Indian journal of veterinary science and animal husbandry - Volume 5,
Year: 1935
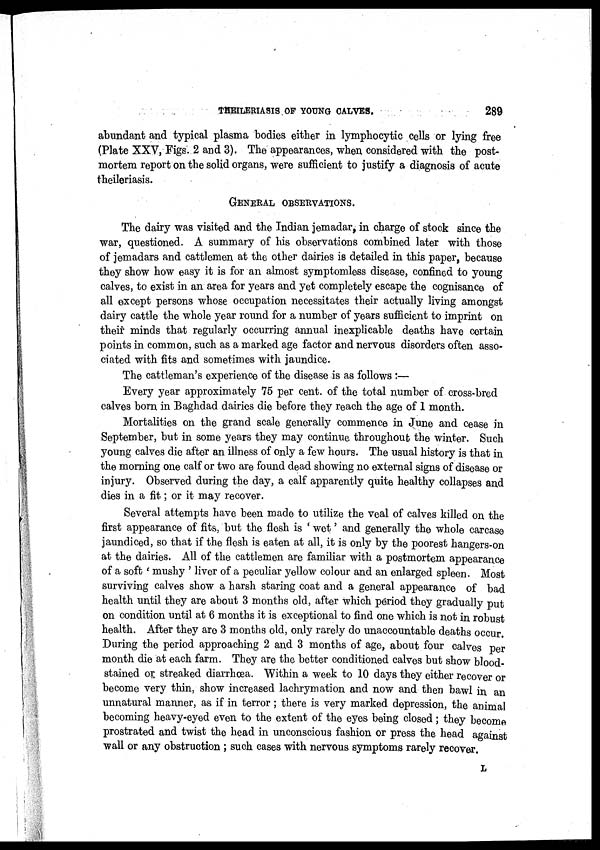
THEILERIASIS OF YOUNG CALVES.
289
abundant and typical plasma bodies either in lymphocytic cells or lying free
(Plate XXV, Figs. 2 and 3). The appearances, when considered with the post-
mortem report on the solid organs, were sufficient to justify a diagnosis of acute
theileriasis.
GENERAL OBSERVATIONS.
The dairy was visited and the Indian jemadar, in charge of stock since the
war, questioned. A summary of his observations combined later with those
of jemadars and cattlemen at the other dairies is detailed in this paper, because
they show how easy it is for an almost symptomless disease, confined to young
calves, to exist in an area for years and yet completely escape the cognisance of
all except persons whose occupation necessitates their actually living amongst
dairy cattle the whole year round for a number of years sufficient to imprint on
their minds that regularly occurring annual inexplicable deaths have certain
points in common, such as a marked age factor and nervous disorders often asso-
ciated with fits and sometimes with jaundice.
The cattleman's experience of the disease is as follows :—
Every year approximately 75 per cent. of the total number of cross-bred
calves born in Baghdad dairies die before they reach the age of 1 month.
Mortalities on the grand scale generally commence in June and cease in
September, but in some years they may continue throughout the winter. Such
young calves die after an illness of only a few hours. The usual history is that in
the morning one calf or two are found dead showing no external signs of disease or
injury. Observed during the day, a calf apparently quite healthy collapses and
dies in a fit; or it may recover.
Several attempts have been made to utilize the veal of calves killed on the
first appearance of fits, but the flesh is ' wet' and generally the whole carcase
jaundiced, so that if the flesh is eaten at all, it is only by the poorest hangers-on
at the dairies. All of the cattlemen are familiar with a postmortem appearance
of a soft ' mushy ' liver of a peculiar yellow colour and an enlarged spleen. Most
surviving calves show a harsh staring coat and a general appearance of bad
health until they are about 3 months old, after which period they gradually put
on condition until at 6 months it is exceptional to find one which is not in robust
health. After they are 3 months old, only rarely do unaccountable deaths occur.
During the period approaching 2 and 3 months of age, about four calves per
month die at each farm. They are the better conditioned calves but show blood-
stained or streaked diarrhœa. Within a week to 10 days they either recover or
become very thin, show increased lachrymation and now and then bawl in an
unnatural manner, as if in terror; there is very marked depression, the animal
becoming heavy-eyed even to the extent of the eyes being closed; they become
prostrated and twist the head in unconscious fashion or press the head against
wall or any obstruction ; such cases with nervous symptoms rarely recover.
L